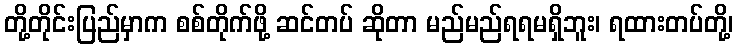
တို့တိုင်းပြည်မှာက စစ်တိုက်ဖို့ ဆင်တပ် ဆိုတာ မည်မည်ရရမရှိဘူး၊ ရထားတပ်တို့၊